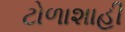
ટોળાશાહી